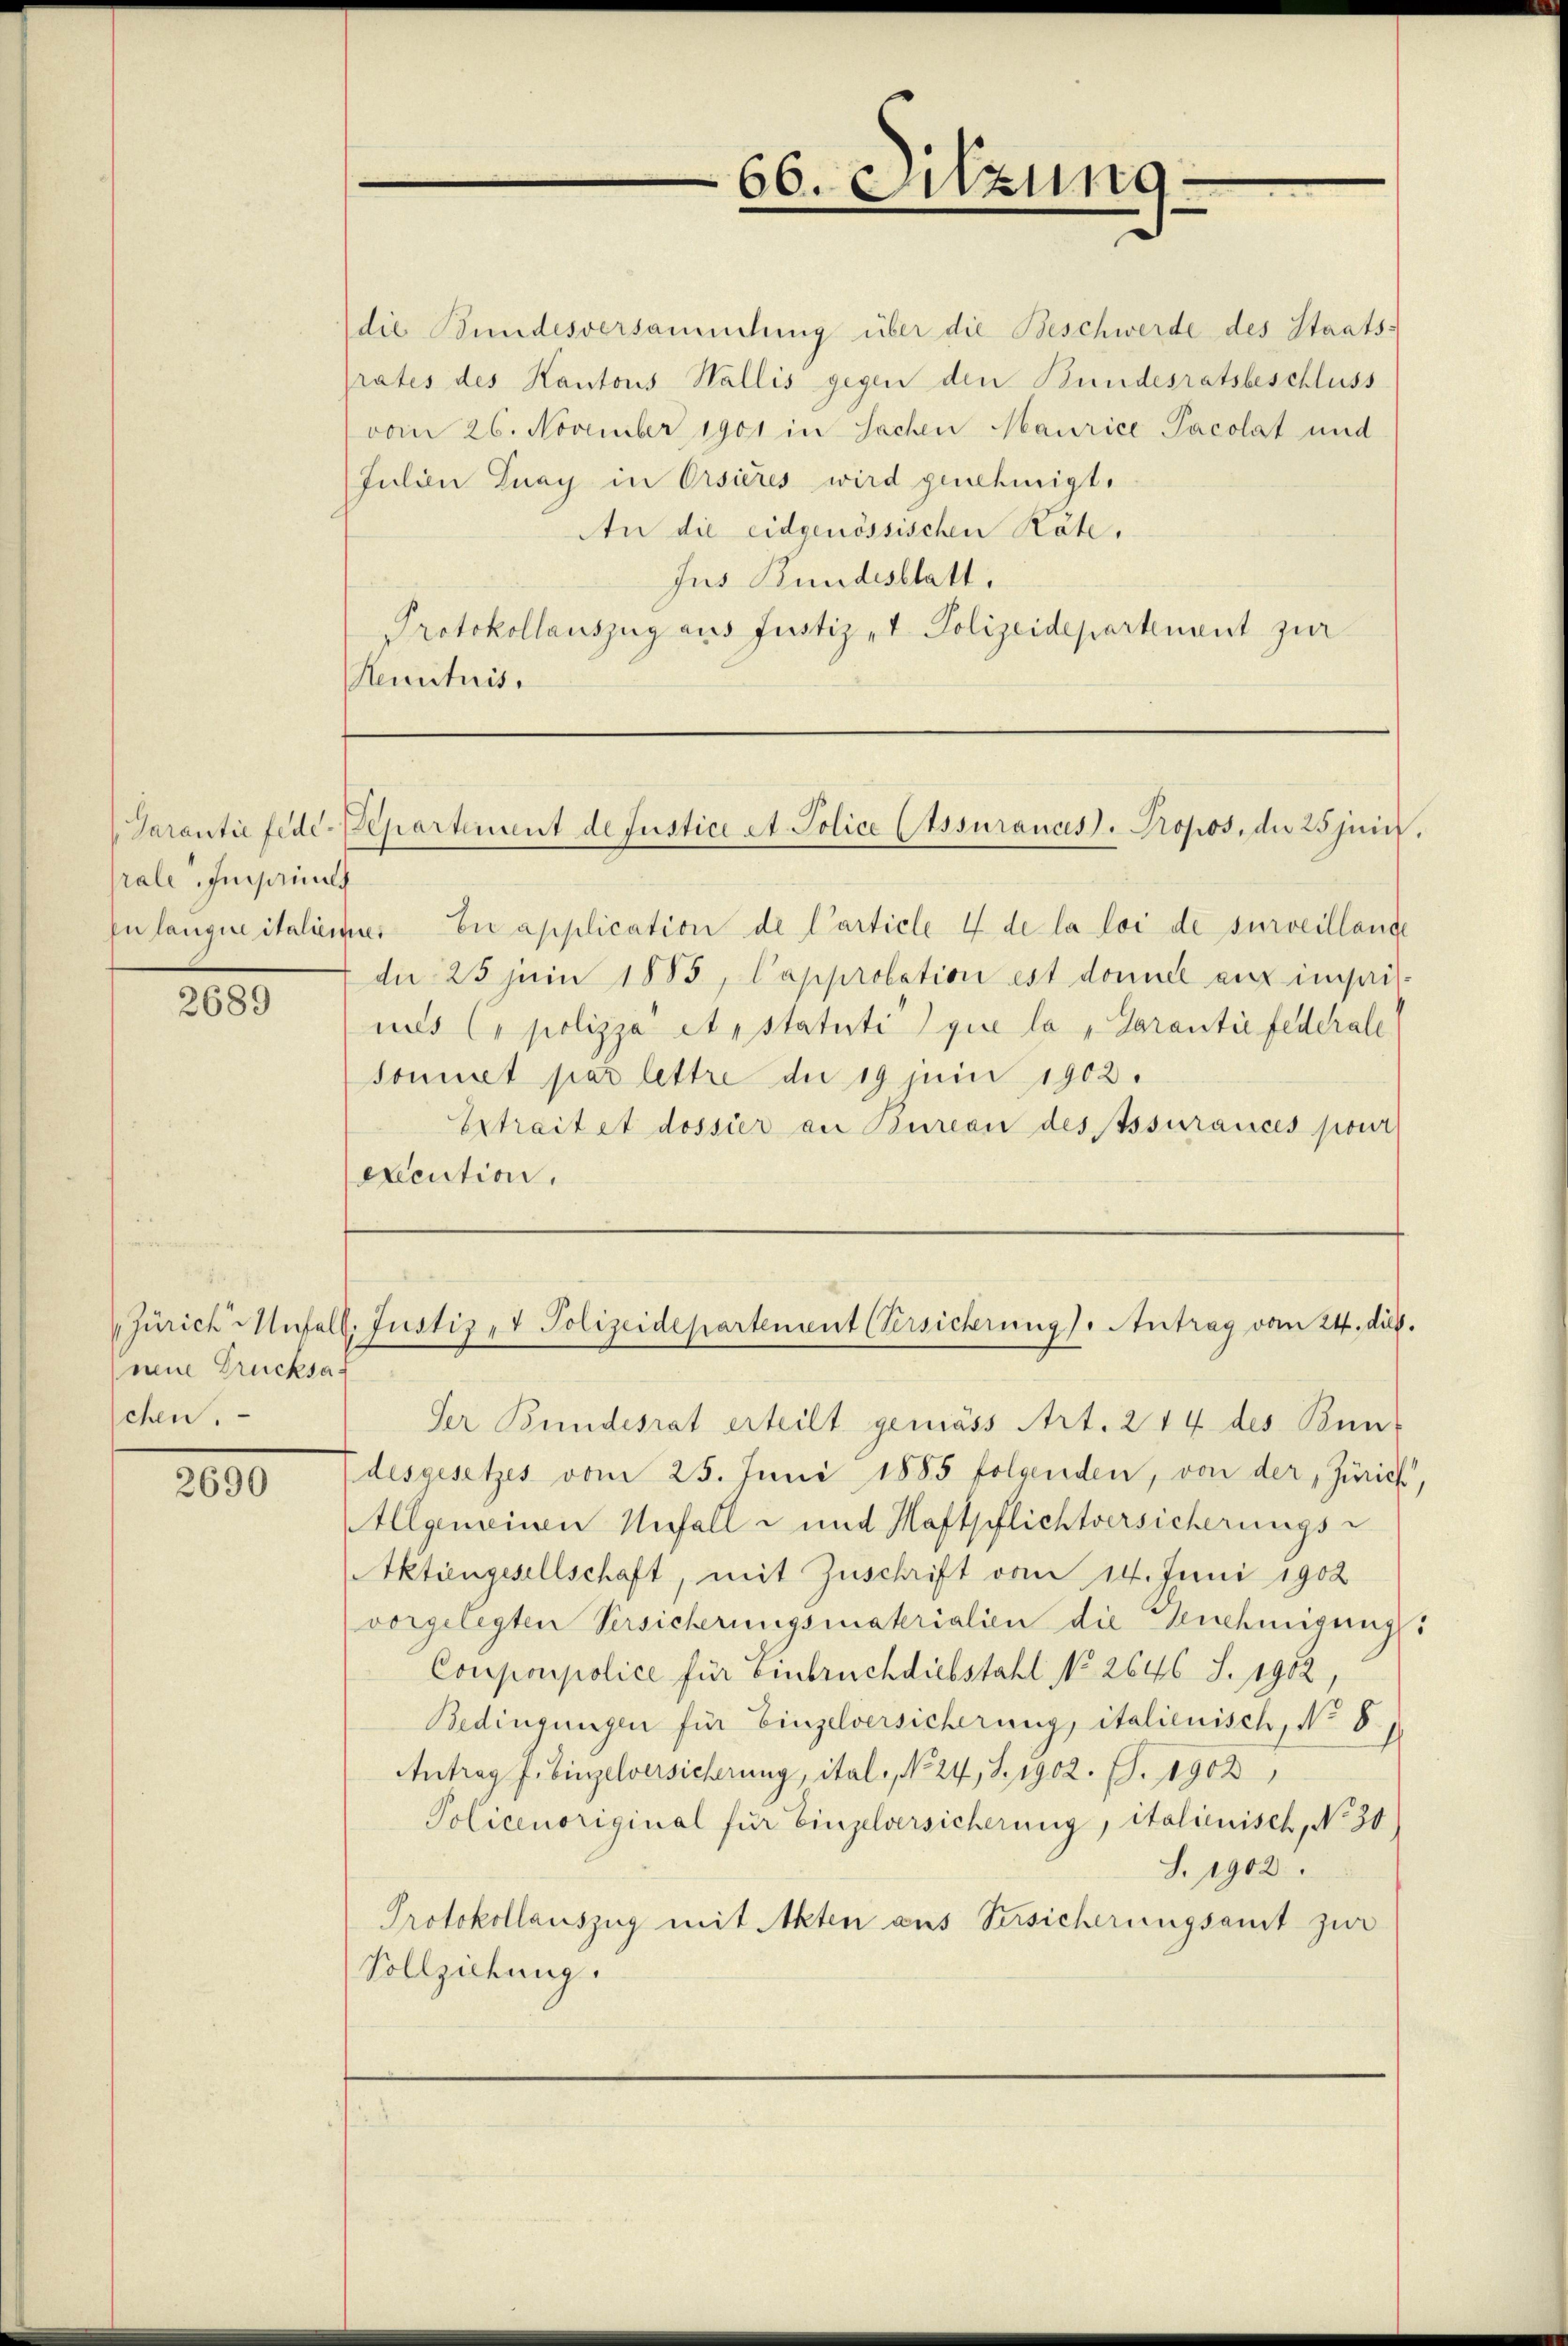
rale, Insperint

2689

d
neue Drucksaf
chen.

2690

66. Sitzung.

die Bundesversammlung über die Beschwerde des Staatsrates des Kantons Wallis gegen den Bundesratsbeschluss
vom 26. November 1901 in Sachen Maurice Pacolat und
Julian Znay in Orsieres wird genehmigt.
An die eidgenössischen Räte,
Jus Bundesblatt.
Protokollauszug aus Justiz et Polizeidepartenant zur
Renituis.

Garantie fede Separtement de Justice A. Police Ctssurances. Propos, die 25 Juni.

Inlanguitalienas Ei application de Carticle 4 de la loi de surveillande
de 25 Juin 1883, Capprobation est damit auf imsaisuus C. polizza Apstatuti que la " Garantie federall
soniret par lettre die 19 juni 1902.
Ertraitet dossier an Bureau desssurances pour
execution.

Zürich Anfell. Justiz- & Polizeidepartement (Versicherung). Antrag vom 24. dies.

Ser Bundesrat erteilt gemäss Art. 214 des Bun-
desgesetzes vom 25. Juni 1885 folgenden, von der, Zürich,
Allgemeinen Unfall und Haftpflichtversicherungs-
Aktiengesellschaft, mit Zuschrift vom 14. Juni 1902
vorgelegten Versicherungsmaterialien die Genehmigung
Couponpolice für Einbruch diebstahl No 2646 S. 1902
Bedingungen für Einzelversicherung, italienisch, No 81
Antrag J. Einzelversicherung, ital-, No. 24, S. 1902. S. 1902,
Policenoriginal für Einzelversicherung, italienisch, No 30
S. 1902.
Protokollauszug mit Akten aus Versicherungsamt zur
Vollziehung.